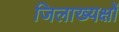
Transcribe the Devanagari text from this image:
जिलाख्यक्षों